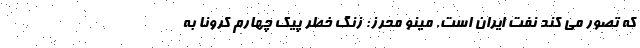
که تصور می کند نفت ایران است. مینو محرز: زنگ خطر پیک چهارم کرونا به